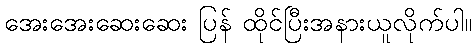
အေးအေးဆေးဆေး ပြန် ထိုင်ပြီးအနားယူလိုက်ပါ။